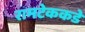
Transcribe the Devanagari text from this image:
रामटेककडे